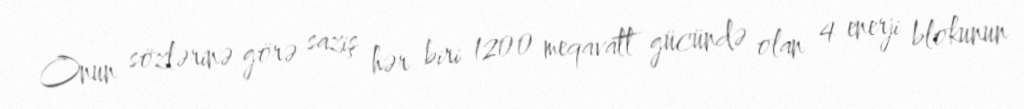
Onun sözlərinə görə saziş hər biri 1200 meqavatt gücündə olan 4 enerji blokunun